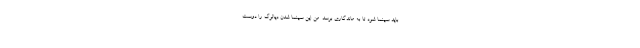
باید سینما شود تا به ماندگاری برسد. من این سینما شدن دیالوگ را دوست